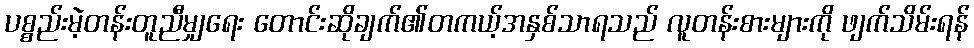
ပစ္စည်းမဲ့တန်းတူညီမျှရေး တောင်းဆိုချက်၏တကယ့်အနှစ်သာရသည် လူတန်းစားများကို ဖျက်သိမ်းရန်